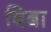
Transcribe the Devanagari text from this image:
बिबा